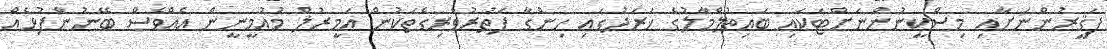
ފަޤީރުންނަށާއި މިސްކީނުންނަށްޓަކައި ބައިތުލްމާލުގެ ޚަރަދުގައި ހިންގާ ފަތުރުވެރިގެތަކުން އަމީރުލް މުއުމީނީން އެއްވެސް ބޭނުންފުޅެއް